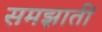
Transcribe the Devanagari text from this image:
समझातीं